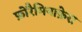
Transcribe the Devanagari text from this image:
फ़ोरैमिनाफ़ेरा